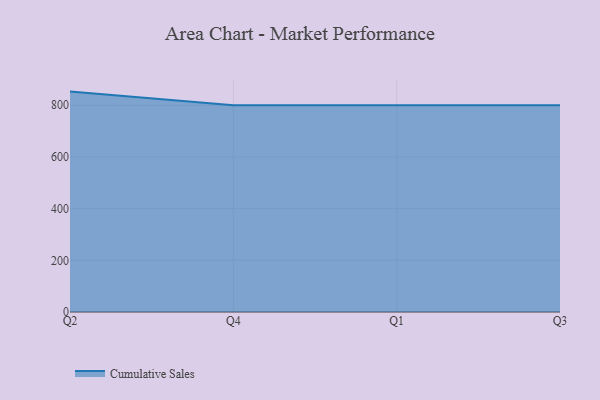
{"axis": {"x": "Quarter", "y": "Bounce Rate (%)"}, "legend": ["Cumulative Sales"], "data": [{"x": "Q2", "y": 853.0, "type": "Cumulative Sales"}, {"x": "Q4", "y": 800, "type": "Cumulative Sales"}, {"x": "Q1", "y": 800, "type": "Cumulative Sales"}, {"x": "Q3", "y": 800, "type": "Cumulative Sales"}]}